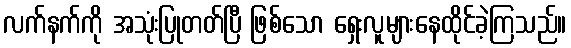
လက်နက်ကို အသုံးပြုတတ်ပြီ ဖြစ်သော ရှေးလူများနေထိုင်ခဲ့ကြသည်။